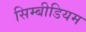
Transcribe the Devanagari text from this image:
सिम्बीडियम